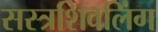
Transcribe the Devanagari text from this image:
सस्त्रशिवलिंग